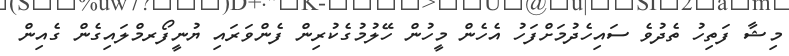
މިޝާ ފަތިހު ތެދުވެ ސައިހެދުމަށްފަހު އެހެން މީހުން ހޭލުމުގެކުރިން ފެންވަރައި ޔުނީފޯރމްލައިގެން ގެއިން